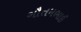
ગૌતમભાઈ